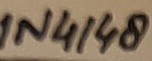
Text: 1N4148